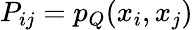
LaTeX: P_{ij}=p_{Q}(x_{i},x_{j})